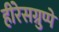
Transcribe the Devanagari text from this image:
हीरेसग्रुप्पे